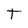
Character: t